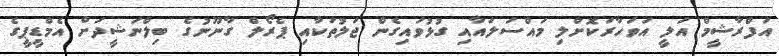
އަފްރާޝީމް އަލީ އަވަހާރަކޮށްލި މައްސަލައާއި ގުޅުވައިގެން ޖަލުތަކާއި ޕެރޯލް ގާނޫނުގެ ބިލްނަޝީދަށް އެމްޑީޕީގެ